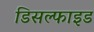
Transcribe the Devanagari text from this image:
डिसल्फाइड